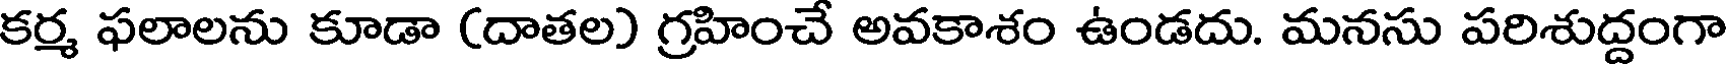
కర్మ ఫలాలను కూడా (దాతల) గ్రహించే అవకాశం ఉండదు. మనసు పరిశుద్దంగా